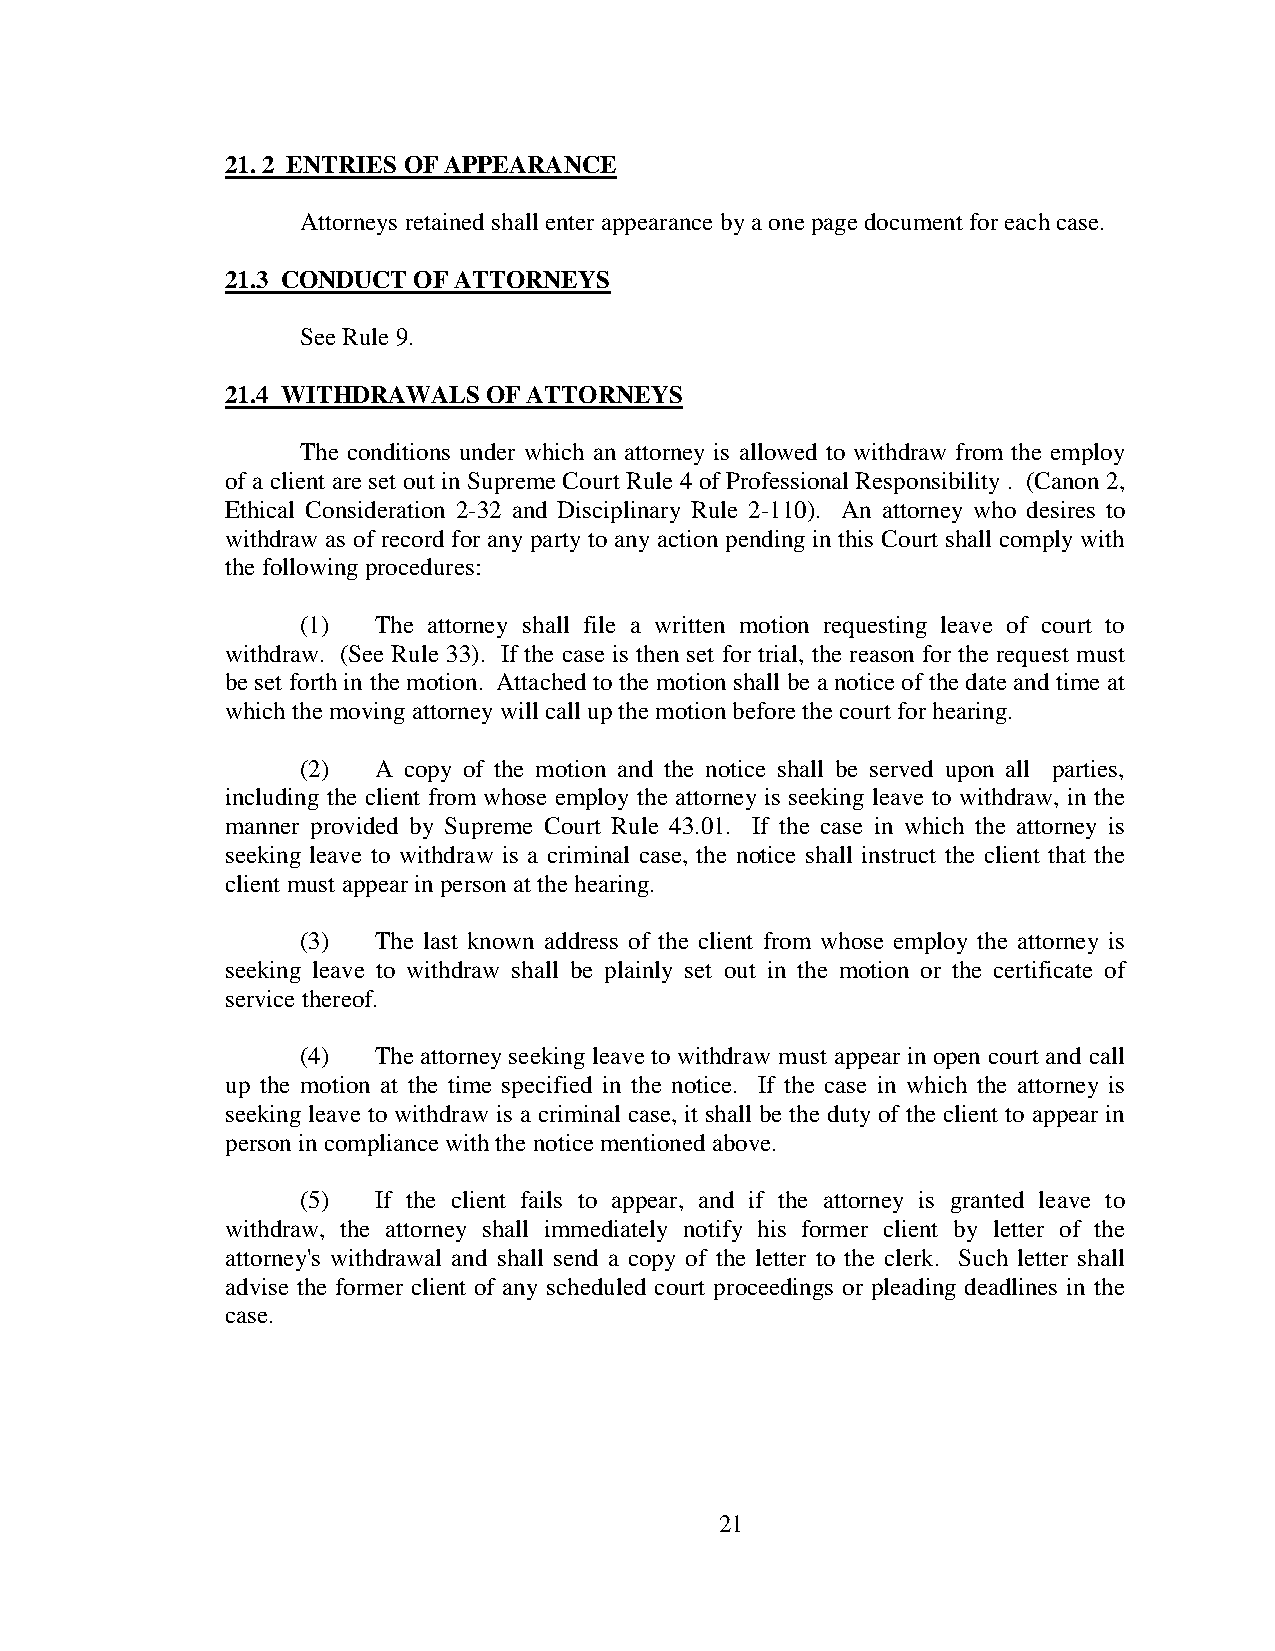
21. 2 ENTRIES OF APPEARANCE
 Attorneys retained shall enter appearance by a one page document for each case.
 21.3 CONDUCT OF ATTORNEYS
 See Rule 9.
 21.4 WITHDRAWALS OF ATTORNEYS
 The conditions under which an attorney is allowed to withdraw from the employ
 of a client are set out in Supreme Court Rule 4 of Professional Responsibility . (Canon 2,
 Ethical Consideration 2-32 and Disciplinary Rule 2-110). An attorney who desires to
 withdraw as of record for any party to any action pending in this Court shall comply with
 the following procedures:
 (1)  The attorney shall file a written motion requesting leave of court to
 withdraw. (See Rule 33). If the case is then set for trial, the reason for the request must
 be set forth in the motion. Attached to the motion shall be a notice of the date and time at
 which the moving attorney will call up the motion before the court for hearing.
 (2)  A copy of the motion and the notice shall be served upon all parties,
 including the client from whose employ the attorney is seeking leave to withdraw, in the
 manner provided by Supreme Court Rule 43.01. If the case in which the attorney is
 seeking leave to withdraw is a criminal case, the notice shall instruct the client that the
 client must appear in person at the hearing.
 (3)  The last known address of the client from whose employ the attorney is
 seeking leave to withdraw shall be plainly set out in the motion or the certificate of
 service thereof.
 (4)  The attorney seeking leave to withdraw must appear in open court and call
 up the motion at the time specified in the notice. If the case in which the attorney is
 seeking leave to withdraw is a criminal case, it shall be the duty of the client to appear in
 person in compliance with the notice mentioned above.
 (5)  If the client fails to appear, and if the attorney is granted leave to
 withdraw, the attorney shall immediately notify his former client by letter of the
 attorney's withdrawal and shall send a copy of the letter to the clerk. Such letter shall
 advise the former client of any scheduled court proceedings or pleading deadlines in the
 case.
 21